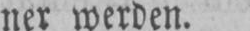
ner werden.